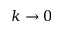
k \rightarrow 0